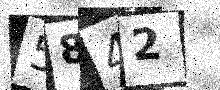
Text: 5842